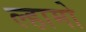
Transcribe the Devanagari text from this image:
ल्हामो